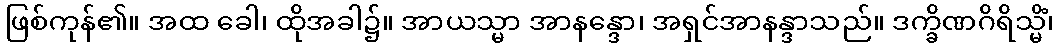
ဖြစ်ကုန်၏။ အထ ခေါ၊ ထိုအခါ၌။ အာယသ္မာ အာနန္ဒော၊ အရှင်အာနန္ဒာသည်။ ဒက္ခိဏဂိရိသ္မိံ၊